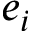
e _ { i }